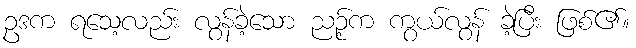
ဥဒက ရသေ့လည်း လွန်ခဲ့သော ညဉ့်က ကွယ်လွန် ခဲ့ပြီး ဖြစ်၏။